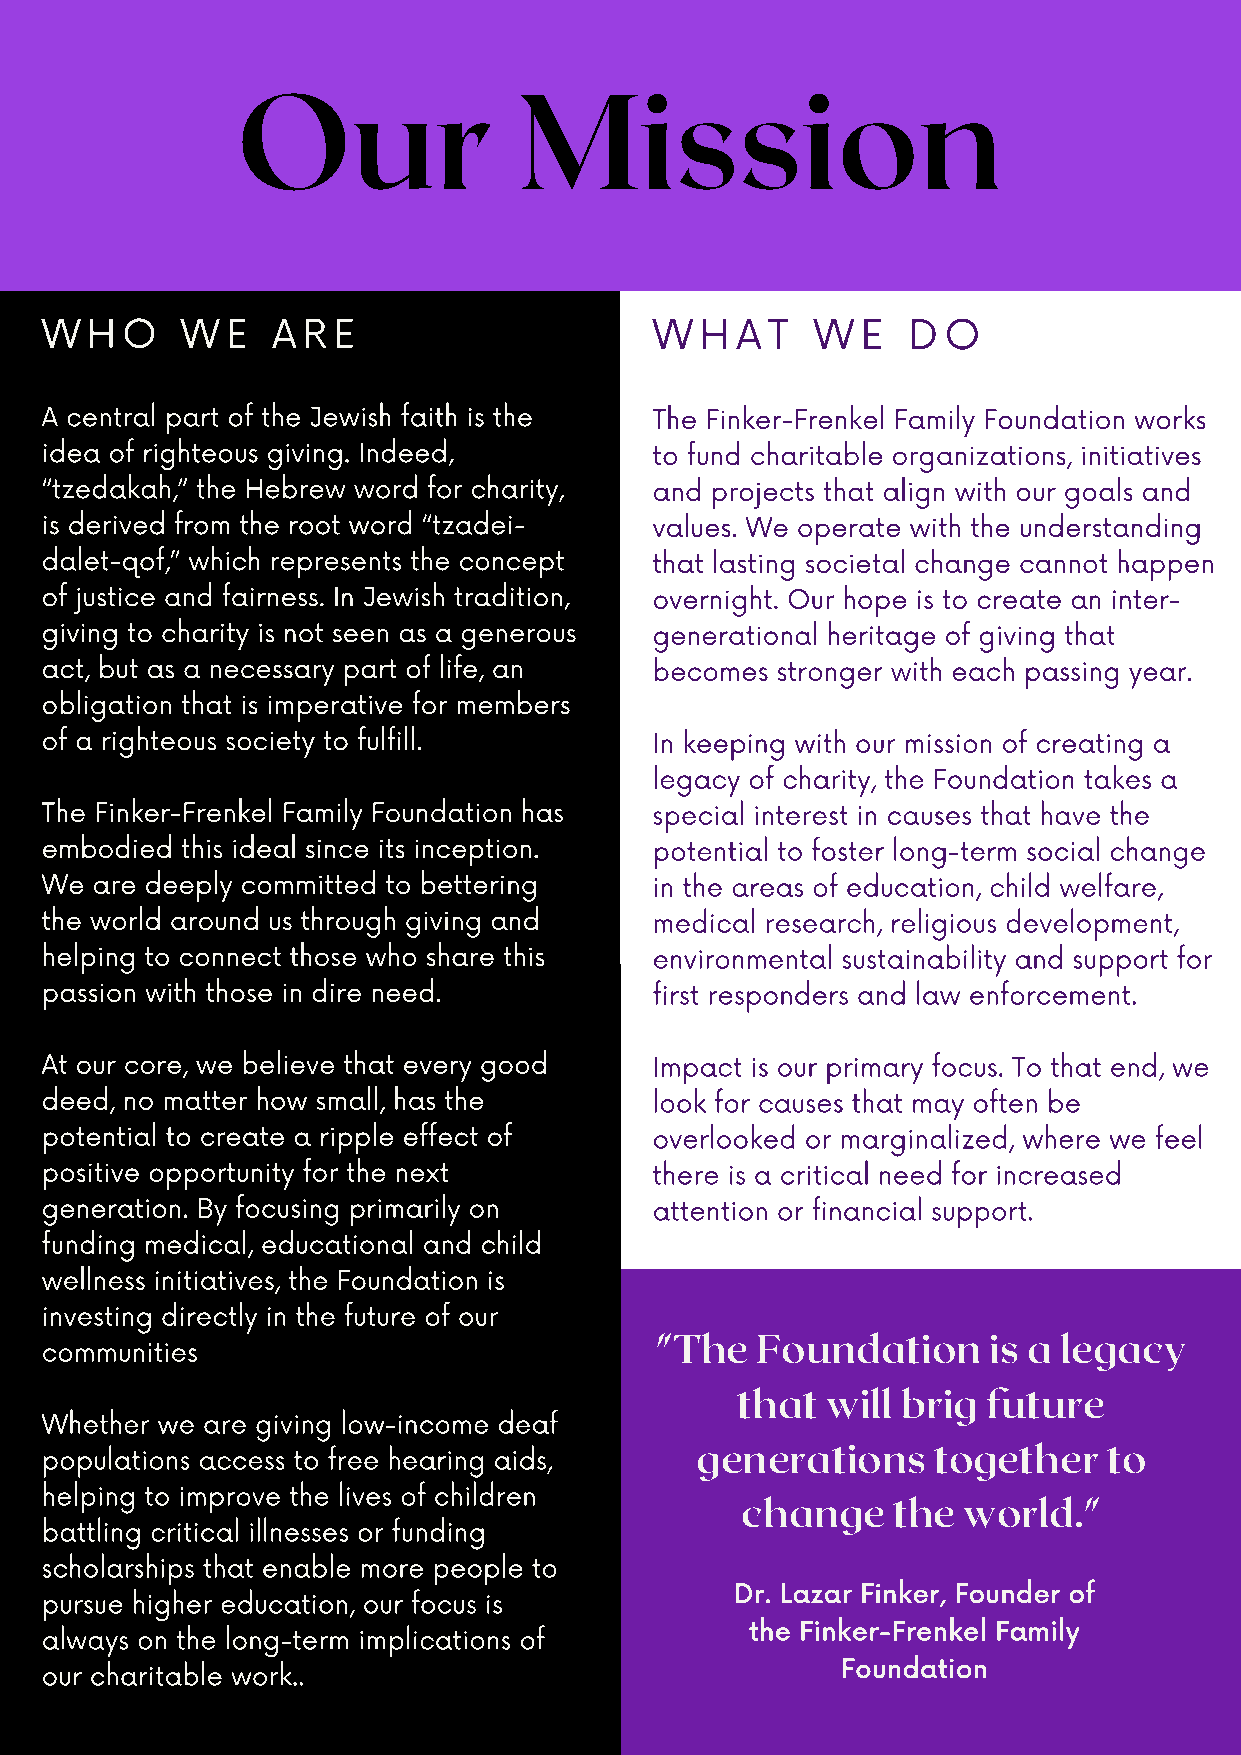
Our               Mission
 WHO      WE    ARE                      WHAT       WE    DO
 A central part of the Jewish faith is the The Finker-Frenkel Family Foundation works
 idea of righteous giving. Indeed,       to fund charitable organizations, initiatives
 “tzedakah,” the Hebrew word for charity, and projects that align with our goals and
 is derived from the root word “tzadei-  values. We operate with the understanding
 dalet-qof,” which represents the concept that lasting societal change cannot happen
 of justice and fairness. In Jewish tradition, overnight. Our hope is to create an inter-
 giving to charity is not seen as a generous generational heritage of giving that
 act, but as a necessary part of life, an becomes stronger with each passing year.
 obligation that is imperative for members
 of a righteous society to fulfill.      In keeping with our mission of creating a
 legacy of charity, the Foundation takes a
 The Finker-Frenkel Family Foundation has special interest in causes that have the
 embodied this ideal since its inception. potential to foster long-term social change
 We are deeply committed to bettering    in the areas of education, child welfare,
 the world around us through giving and  medical research, religious development,
 helping to connect those who share this environmental sustainability and support for
 passion with those in dire need.        first responders and law enforcement.
 At our core, we believe that every good Impact is our primary focus. To that end, we
 deed, no matter how small, has the      look for causes that may often be
 potential to create a ripple effect of  overlooked or marginalized, where we feel
 positive opportunity for the next       there is a critical need for increased
 generation. By focusing primarily on    attention or financial support.
 funding medical, educational and child
 wellness initiatives, the Foundation is
 investing directly in the future of our
 communities                             "The   Foundation     is a legacy
 that  will brig future
 Whether we are giving low-income deaf
 populations access to free hearing aids,   generations     together   to
 helping to improve the lives of children
 change    the  world."
 battling critical illnesses or funding
 scholarships that enable more people to
 Dr. Lazar Finker, Founder of
 pursue higher education, our focus is
 the Finker-Frenkel Family
 always on the long-term implications of
 Foundation
 our charitable work..